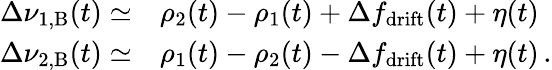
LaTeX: \begin{array}{rl}{\Delta\nu_{\mathrm{1,B}}(t)\simeq}&{\rho_{2}(t)-\rho_{1}(t)+\Delta f_{\mathrm{drift}}(t)+\eta(t)}\\ {\Delta\nu_{\mathrm{2,B}}(t)\simeq}&{\rho_{1}(t)-\rho_{2}(t)-\Delta f_{\mathrm{drift}}(t)+\eta(t)\, .}\end{array}